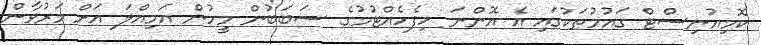
ކޮމިއުނިސްޓް ގައުމުތަކުގައި އެ އޮންނަ ހިފެހެއްޓުމުގެ ސަބަބުން މީހުން އަމިއްލަ އަށް މަރުވާން